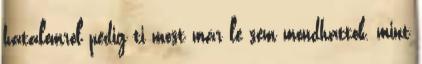
hatalomról pedig ti most már le sem mondhattok, mint